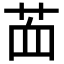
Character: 𦭾